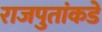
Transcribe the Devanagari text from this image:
राजपुतांकडे